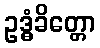
ဥဒ္ဓံခိတ္တော